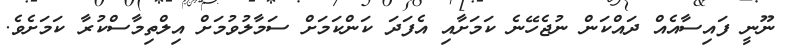
ނޫނީ ފައިސާއެއް ދައްކަން ނުޖެހޭނެ ކަމަށާއި އެފަދަ ކަންކަމަށް ސަމާލުވުމަށް އިލްތިމާސްކުރާ ކަމަށެވެ.